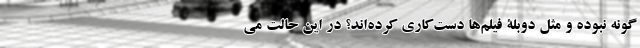
گونه نبوده و مثل دوبلۀ فیلم‌ها دست‌کاری کرده‌اند؟ در این حالت می‌